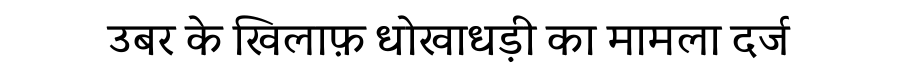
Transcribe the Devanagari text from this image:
उबर के खिलाफ़ धोखाधड़ी का मामला दर्ज